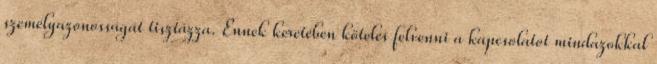
személyazonosságát tisztázza. Ennek keretében köteles felvenni a kapcsolatot mindazokkal